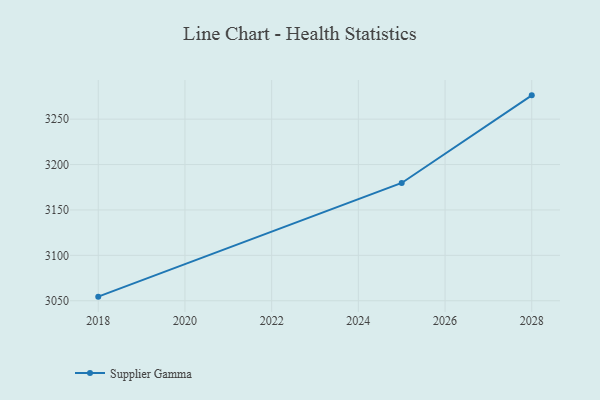
{"axis": {"x": "Year", "y": "Conversion Rate (%)"}, "legend": ["Supplier Gamma"], "data": [{"x": "2018", "y": 3054.5, "type": "Supplier Gamma"}, {"x": "2025", "y": 3179.7, "type": "Supplier Gamma"}, {"x": "2028", "y": 3276.2, "type": "Supplier Gamma"}]}